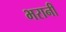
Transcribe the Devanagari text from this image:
भरानी